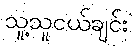
သူ့သူငယ်ချင်း